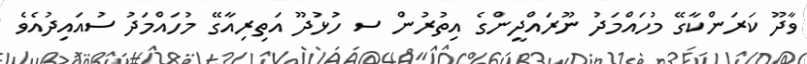
ވާދޫ ކަރަންކާގޭ މުހައްމަދު ނޫރައްދީންގެ އިތުރުން ސ ހުޅުދޫ އަތިރިއާގޭ މުހައްމަދު ސުއައިދުއެެވެ